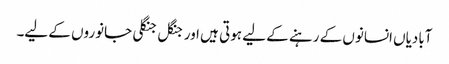
آبادیاں انسانوں کے رہنے کے لیے ہوتی ہیں اور جنگل جنگلی جانوروں کے لیے۔